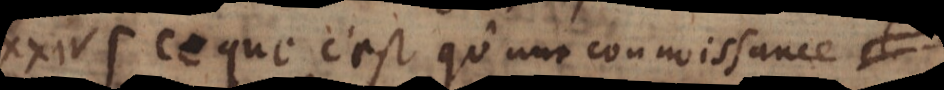
XXIV. Ce que c’est qu’une connoissance